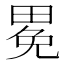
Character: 𤲈